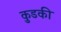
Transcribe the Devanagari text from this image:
कुडकी